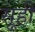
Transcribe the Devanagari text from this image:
सूही